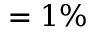
= 1 \%